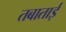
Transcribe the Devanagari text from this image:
तबाताई